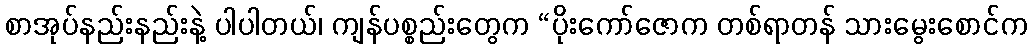
စာအုပ်နည်းနည်းနဲ့ ပါပါတယ်၊ ကျန်ပစ္စည်းတွေက “ပိုးကော်ဇောက တစ်ရာတန် သားမွေးစောင်က